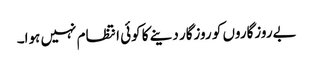
بےروزگاروں کو روزگار دینے کا کوئی انتظام نہیں ہوا۔